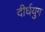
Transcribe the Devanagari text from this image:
दीर्घयुग